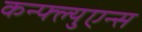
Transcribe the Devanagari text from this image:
कन्फ्ल्युएन्स